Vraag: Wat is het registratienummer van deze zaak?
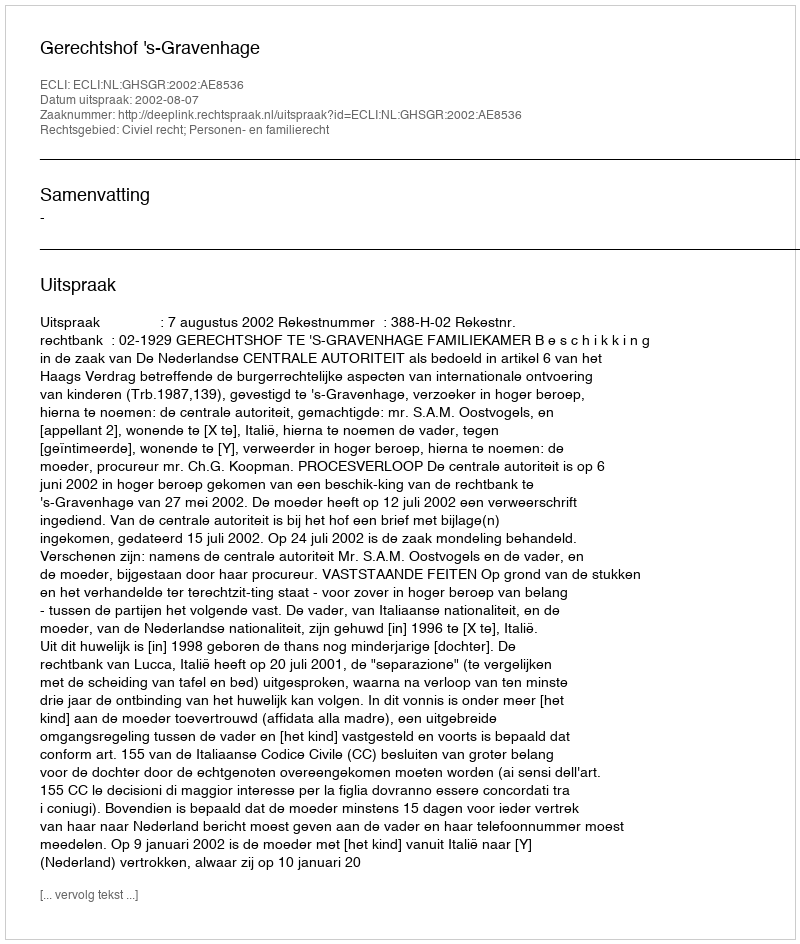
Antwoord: http://deeplink.rechtspraak.nl/uitspraak?id=ECLI:NL:GHSGR:2002:AE8536